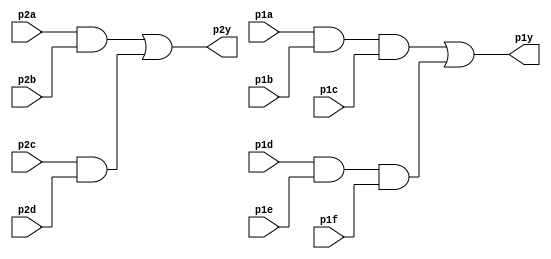
`timescale 1ns / 1ps

module introduction1(
    input p1a,
    input p1b,
    input p1c,
    input p1d,
    input p1e,
    input p1f,
    input p2a,
    input p2b,
    input p2c,
    input p2d,
    output p1y,
    output p2y
     );
    
    wire abc1;
    wire def1;
    wire ab2;
    wire cd2;
    
    and G1abc (abc1,p1a,p1b,p1c);
    and G1def (def1,p1d,p1e,p1f);
    and G2ab  (ab2,p2a,p2b);
    and G2cd  (cd2,p2c,p2d);
    or  G1    (p1y,abc1,def1);
    or  G2    (p2y,ab2,cd2);
    
endmodule